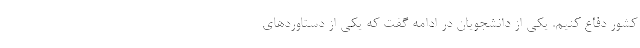
کشور دفاع کنیم. یکی از دانشجویان در ادامه گفت که یکی از دستاوردهای